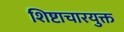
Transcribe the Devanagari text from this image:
शिष्टाचारयुक्त